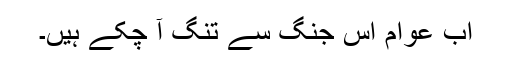
اب عوام اس جنگ سے تنگ آ چکے ہیں۔